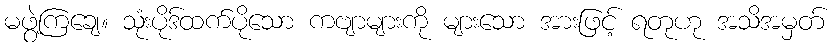
မဖွဲ့ကြချေ။ သုံးပိုဒ်ထက်ပိုသော ကဗျာများကို များသော အားဖြင့် ရတုဟု အသိအမှတ်